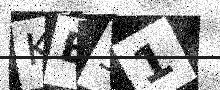
Text: KE51